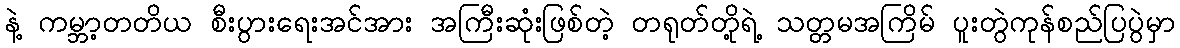
နဲ့ ကမ္ဘာ့တတိယ စီးပွားရေးအင်အား အကြီးဆုံးဖြစ်တဲ့ တရုတ်တို့ရဲ့ သတ္တမအကြိမ် ပူးတွဲကုန်စည်ပြပွဲမှာ